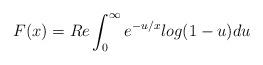
LaTeX: \begin{align*}F(x)=Re\int_0^{\infty}{e^{-u/x}log(1-u)du}\end{align*}